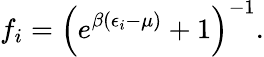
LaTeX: \begin{array}{l}{{\displaystyle f_{i}=\left(e^{\beta(\epsilon_{i}-\mu)}+1\right)^{-1}.}}\end{array}